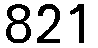
821